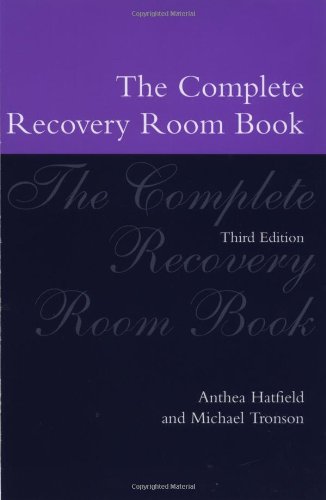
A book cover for The Complete Recovery Room Book (Oxford Medical Publications); Anthea Hatfield; Medical Books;